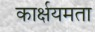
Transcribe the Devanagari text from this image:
कार्क्षयमता